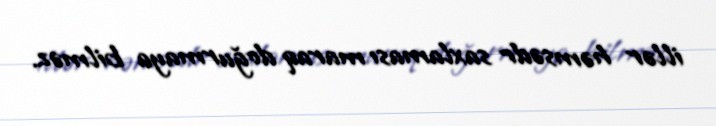
illər həmsədr saxlaması maraq doğurmaya bilməz.